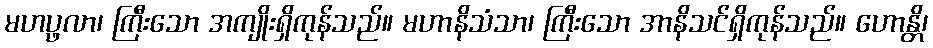
မဟပ္ဖလာ၊ ကြီးသော အကျိုးရှိကုန်သည်။ မဟာနိသံသာ၊ ကြီးသော အာနိသင်ရှိကုန်သည်။ ဟောန္တိ၊